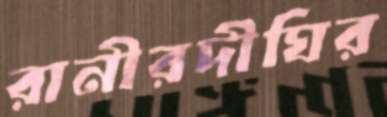
রানীরদীঘির